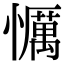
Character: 𢤆